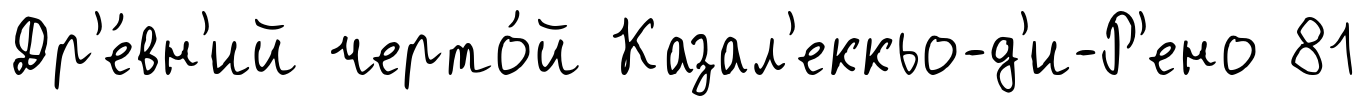
Др'е́вн'ий черто́й Казал'еккьо-д'и-Р'ено 81